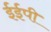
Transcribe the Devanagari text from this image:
ईईपी